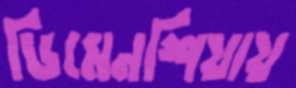
ডিমেনশিয়ায়